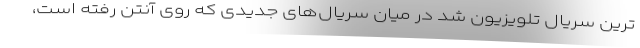
ترین سریال تلویزیون شد در میان سریال‌های جدیدی که روی آنتن رفته است،